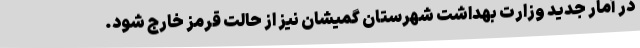
در آمار جدید وزارت بهداشت شهرستان گمیشان نیز از حالت قرمز خارج شود.